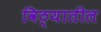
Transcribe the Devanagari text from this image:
विठ्यातील